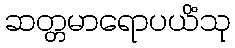
ဆတ္တမာရောပယိံသု